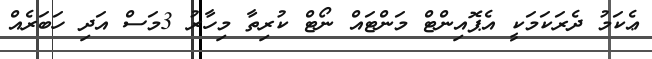
ޢެކަމު ދެރަކަމަކީ އެޕޮއިންޓް މަންޓައް ނޯޓް ކުރިތާ މިހާރު 3މަސް އަދި ހަބަރެއް